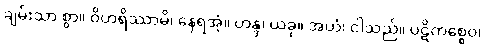
ချမ်းသာ စွာ။ ဝိဟရိဿာမိ၊ နေရအံ့။ ဟန္ဒ၊ ယခု။ အဟံ၊ ငါသည်။ ပဋိကစ္စေဝ၊